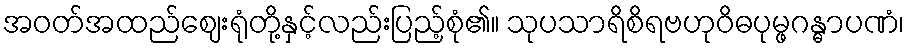
အဝတ်အထည်ဈေးရုံတို့နှင့်လည်းပြည့်စုံ၏။ သုပသာရိစိရဗဟုဝိဓပုမ္ဖဂန္ဓာပဏံ၊